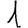
Digit: 1